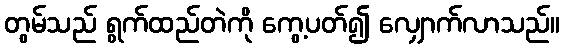
တွမ်သည် ရွက်ထည်တဲကို ကွေ့ပတ်၍ လျှောက်လာသည်။